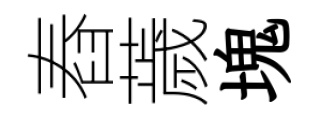
舂薉塊